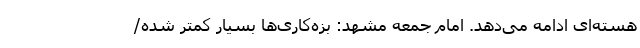
هسته‌ای ادامه می‌دهد. امام جمعه مشهد: بزه‌کاری‌ها بسیار کمتر شده/